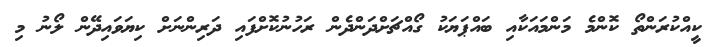
ކީއްކުރަންތޯ ކޮންމެ މަންމައަކާއި ބައްޕަޔަކު ގޯއްޗަށްދަންދެން ރަހުނުކޮށްފައި ދަރިންނަށް ކިޔަވައިދޭން ލޯނު މި